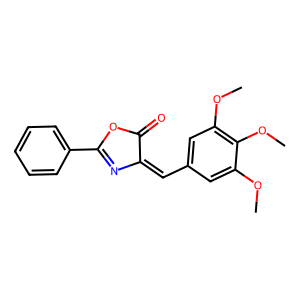
SMILES: COc1cc(C=C2N=C(c3ccccc3)OC2=O)cc(OC)c1OC
Inhibits HIV replication: No